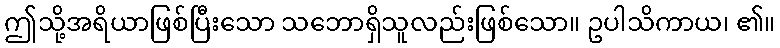
ဤသို့အရိယာဖြစ်ပြီးသော သဘောရှိသူလည်းဖြစ်သော။ ဥပါသိကာယ၊ ၏။